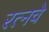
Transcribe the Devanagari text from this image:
रत्‍नचे